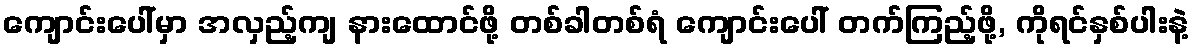
ကျောင်းပေါ်မှာ အလှည့်ကျ နားထောင်ဖို့ တစ်ခါတစ်ရံ ကျောင်းပေါ် တက်ကြည့်ဖို့, ကိုရင်နှစ်ပါးနဲ့